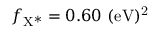
f _ { \mathrm { { X ^ { * } } } } = 0 . 6 0 ~ \mathrm { { ( e V ) ^ { 2 } } }